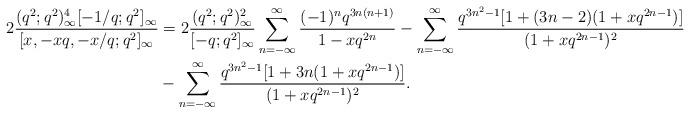
LaTeX: \begin{align*} 2\frac{(q^2;q^2)_\infty^4[-1/q;q^2]_\infty}{[x, -xq, -x/q;q^2]_\infty}&=2 \frac{(q^2;q^2)_\infty^2}{[-q;q^2]_\infty} \sum_{n=-\infty}^{\infty}\frac{(-1)^{n}q^{3n(n+1)}}{1-xq^{2n}}-\sum_{n=-\infty}^{\infty}\frac{q^{3n^2-1}[1+(3n-2)(1+xq^{2n-1})]}{(1+xq^{2n-1})^2} \\&-\sum_{n=-\infty}^{\infty}\frac{q^{3n^2-1}[1+3n(1+xq^{2n-1})]}{(1+xq^{2n-1})^2}.\end{align*}